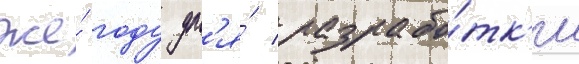
же́ году дл'я́ разрабо́тк'и